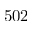
5 0 2